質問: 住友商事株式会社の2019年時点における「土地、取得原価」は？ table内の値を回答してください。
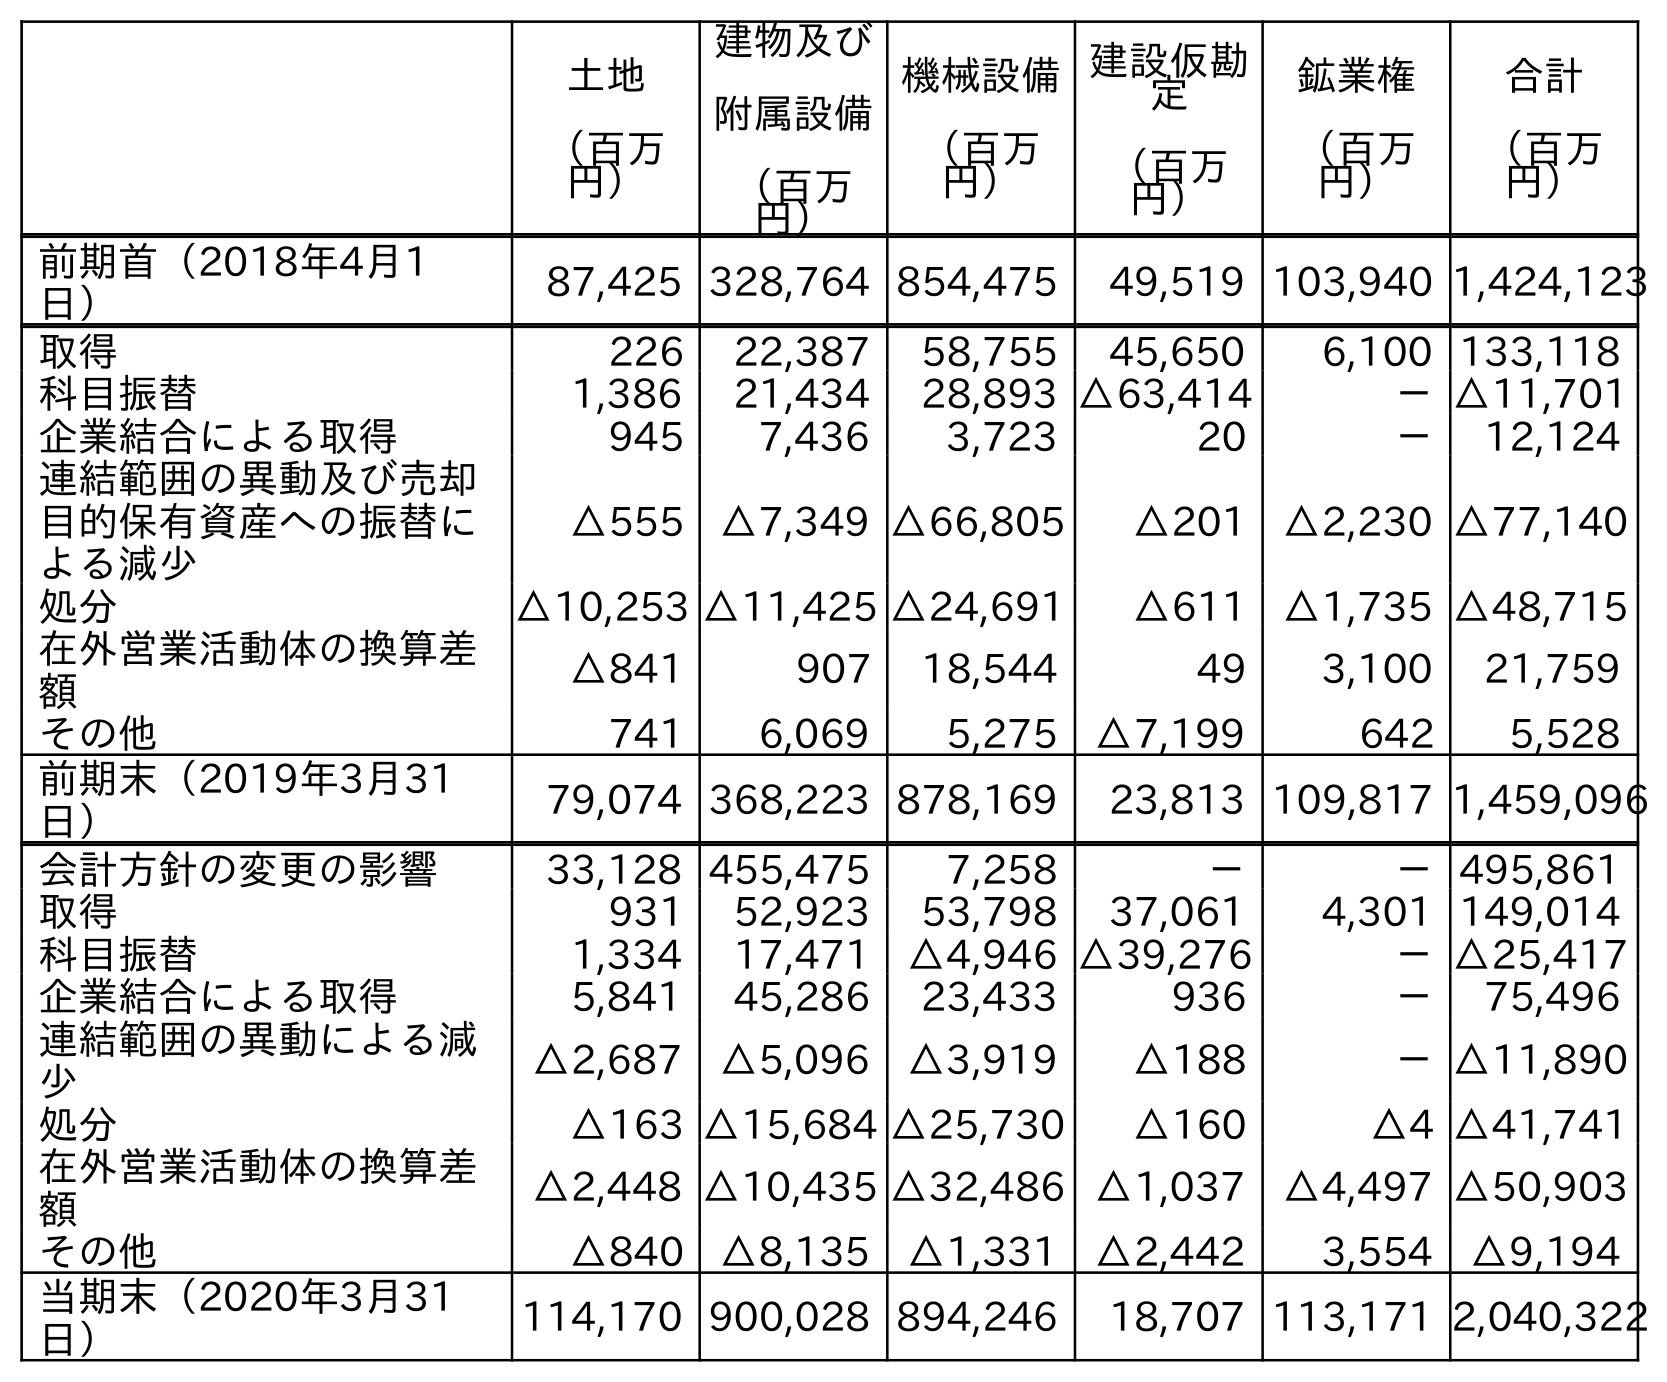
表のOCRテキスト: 土地 （百万 円） 建物及び 附属設備 （百万 円） 機械設備 （百万 円） 建設仮勘 定 （百万 円） 鉱業権 （百万 円） 合計 （百万 円） 前期首（2018年4月1 日） 87,425 328,764 854,475 49,519 103,940 1,424,123 取得 226 22,387 58,755 45,650 6,100 133,118 科目振替 1,386 21,434 28,893 △63,414 －△11,701 企業結合による取得 945 7,436 3,723 20 － 12,124 連結範囲の異動及び売却 目的保有資産への振替に よる減少 △555 △7,349 △66,805 △201 △2,230 △77,140 処分 △10,253 △11,425 △24,691 △611 △1,735 △48,715 在外営業活動体の換算差 額 △841 907 18,544 49 3,100 21,759 その他 741 6,069 5,275 △7,199 642 5,528 前期末（2019年3月31 日） 79,074 368,223 878,169 23,813 109,817 1,459,096 会計方針の変更の影響 33,128 455,475 7,258 － －495,861 取得 931 52,923 53,798 37,061 4,301 149,014 科目振替 1,334 17,471 △4,946 △39,276 －△25,417 企業結合による取得 5,841 45,286 23,433 936 － 75,496 連結範囲の異動による減 少 △2,687 △5,096 △3,919 △188 －△11,890 処分 △163 △15,684 △25,730 △160 △4 △41,741 在外営業活動体の換算差 額 △2,448 △10,435 △32,486 △1,037 △4,497 △50,903 その他 △840 △8,135 △1,331 △2,442 3,554 △9,194 当期末（2020年3月31 日） 114,170 900,028 894,246 18,707 113,171 2,040,322
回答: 79,074